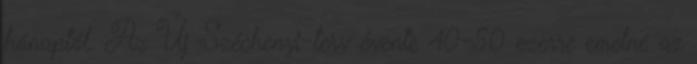
hónaptól. Az Új Széchenyi-terv évente 40-50 ezerre emelné az